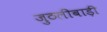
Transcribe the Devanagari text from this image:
जुठलीबाड़ी